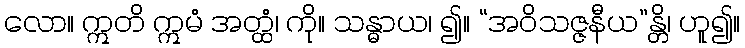
လော။ ဣတိ ဣမံ အတ္ထံ၊ ကို။ သန္ဓာယ၊ ၍။ “အဝိသဇ္ဇနီယ”န္တိ၊ ဟူ၍။